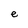
Character: e